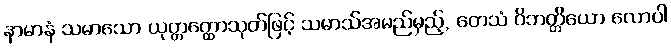
နာမာနံ သမာသော ယုတ္တတ္ထောသုတ်ဖြင့် သမာသ်အမည်မှည့်, တေသံ ဝိဘတ္တိယော လောပါ